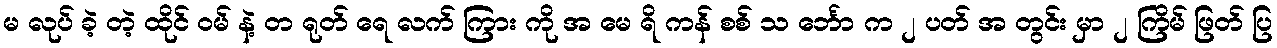
မ လုပ် ခဲ့ တဲ့ ထိုင် ဝမ် နဲ့ တ ရုတ် ရေ လက် ကြား ကို အ မေ ရိ ကန် စစ် သ င်္ဘော က ၂ ပတ် အ တွင်း မှာ ၂ ကြိမ် ဖြတ် ပြ